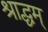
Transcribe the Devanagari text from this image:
श्राद्धम्‌